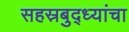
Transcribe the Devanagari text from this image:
सहस्रबुद्ध्यांचा